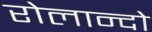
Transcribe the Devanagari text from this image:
रोलान्दो